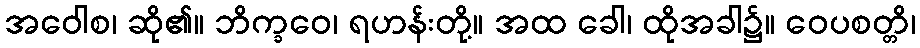
အဝေါစ၊ ဆို၏။ ဘိက္ခဝေ၊ ရဟန်းတို့။ အထ ခေါ၊ ထိုအခါ၌။ ဝေပစတ္တိ၊